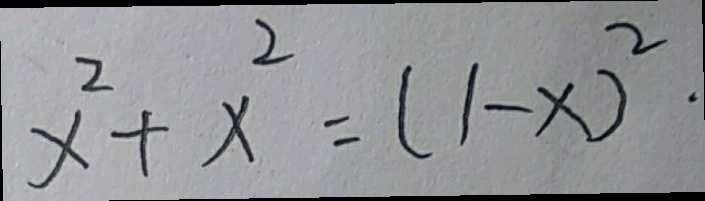
x ^ { 2 } + x ^ { 2 } = ( 1 - x ) ^ { 2 } \cdot